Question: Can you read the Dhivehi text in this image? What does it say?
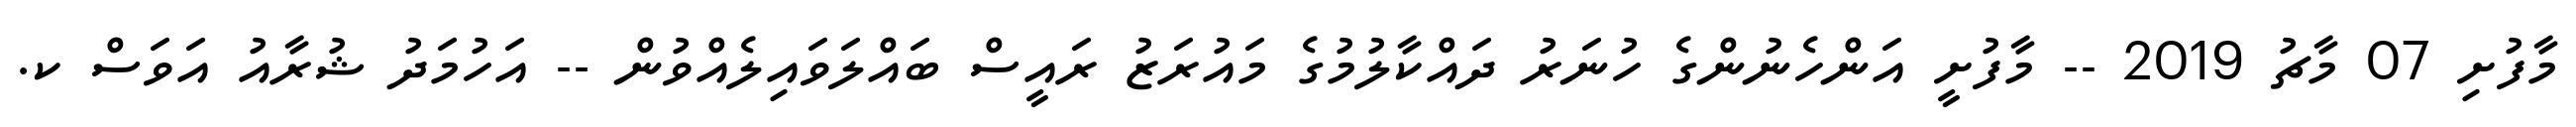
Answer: މާފުށި 07 މާޗު 2019 -- މާފުށީ އަންހެނުންގެ ހުނަރު ދައްކާލުމުގެ މައުރަޒު ރައީސް ބައްލަވައިލެއްވުން -- އަހުމަދު ޝުރާއު އަވަސް ކ.